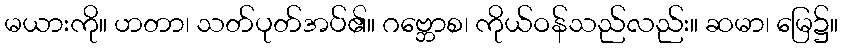
မယားကို။ ဟတာ၊ သတ်ပုတ်အပ်၏။ ဂဗ္ဘောစ၊ ကိုယ်ဝန်သည်လည်း။ ဆမာ၊ မြေ၌။